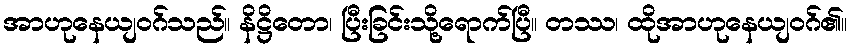
အာဟုနေယျဝဂ်သည်။ နိဋ္ဌိတော၊ ပြီးခြင်းသို့ရောက်ပြီ။ တဿ၊ ထိုအာဟုနေယျဝဂ်၏။